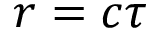
r = c \tau